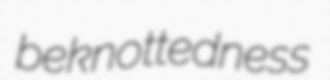
beknottedness